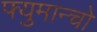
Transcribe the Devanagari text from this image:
फ्युमान्चो